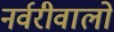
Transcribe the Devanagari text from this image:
नर्वरीवालों